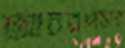
আচরণসহ